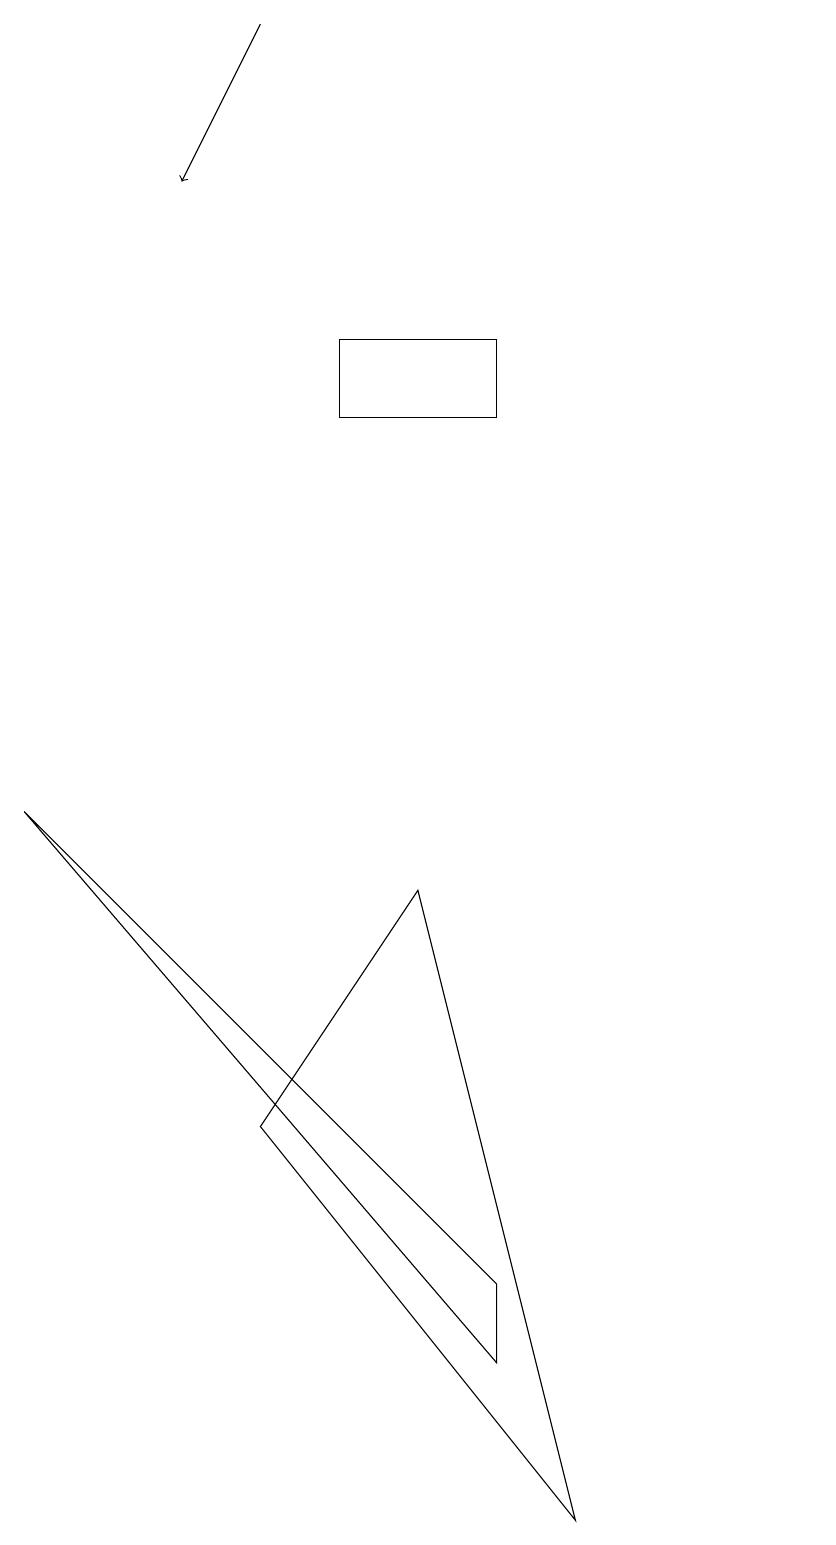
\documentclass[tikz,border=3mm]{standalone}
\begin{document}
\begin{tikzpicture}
\draw (6,15) rectangle (8,14);
\draw (8,3) -- (2,9) -- (8,2) -- cycle;
\draw (12,12) circle (0);
\draw[->] (5,19) -- (4,17);
\draw (9,0) -- (5,5) -- (7,8) -- cycle;
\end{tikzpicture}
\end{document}